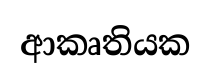
ආකෘතියක